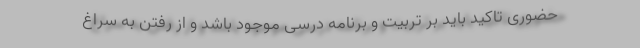
حضوری تاکید باید بر تربیت و برنامه درسی موجود باشد و از رفتن به سراغ